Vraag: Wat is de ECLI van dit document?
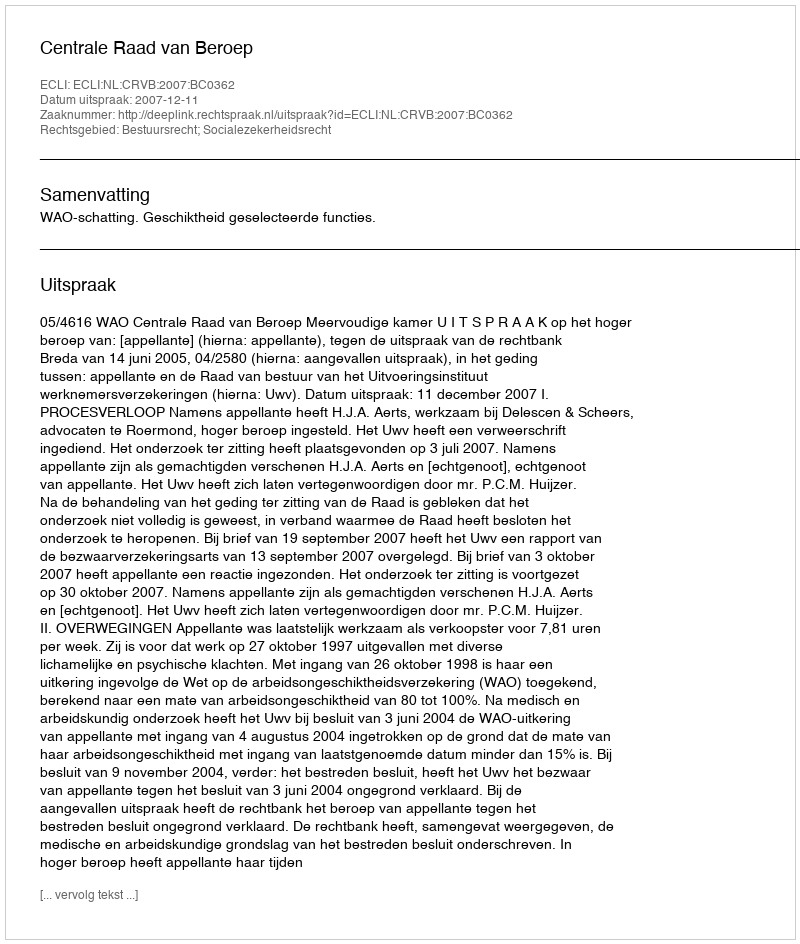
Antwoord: ECLI:NL:CRVB:2007:BC0362